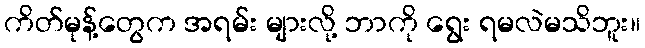
ကိတ်မုန့်တွေက အရမ်း များလို့ ဘာကို ရွေး ရမလဲမသိဘူး။